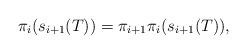
LaTeX: \begin{align*}\pi_i(s_{i+1}(T))= \pi_{i+1}\pi_i(s_{i+1}(T)),\end{align*}